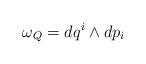
LaTeX: \begin{align*}\omega_Q=dq^i\wedge dp_i\end{align*}